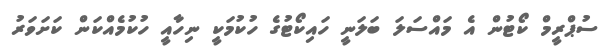
ސުޕްރީމް ކޯޓުން އެ މައްސަލަ ބަލަނީ ހައިކޯޓުގެ ހުކުމަކީ ނިހާއީ ހުކުމެއްކަން ކަށަވަރު